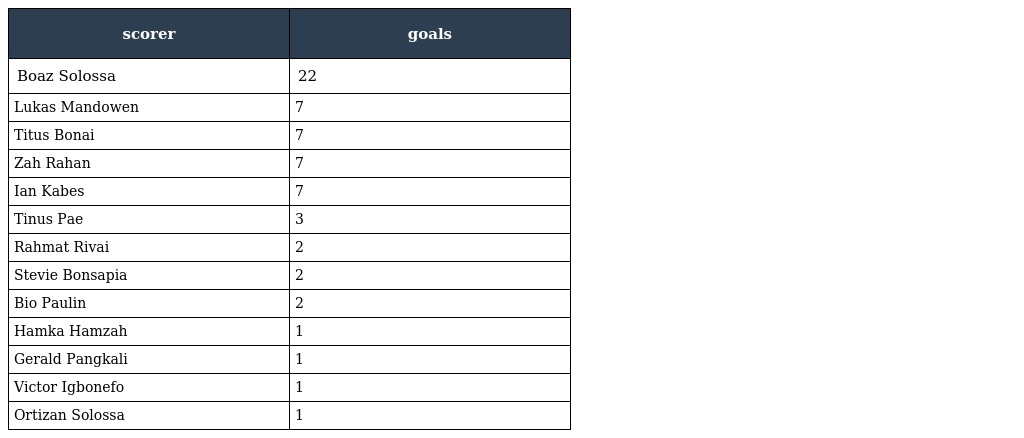
| scorer | goals |
 | --- | --- |
 | Boaz Solossa | 22 |
 | Lukas Mandowen | 7 |
 | Titus Bonai | 7 |
 | Zah Rahan | 7 |
 | Ian Kabes | 7 |
 | Tinus Pae | 3 |
 | Rahmat Rivai | 2 |
 | Stevie Bonsapia | 2 |
 | Bio Paulin | 2 |
 | Hamka Hamzah | 1 |
 | Gerald Pangkali | 1 |
 | Victor Igbonefo | 1 |
 | Ortizan Solossa | 1 |